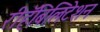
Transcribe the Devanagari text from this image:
रीहॅबिलिटेशन